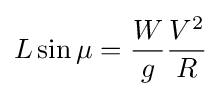
L\sin {\mu }={\frac {W}{g}}{\frac {V^{2}}{R}}